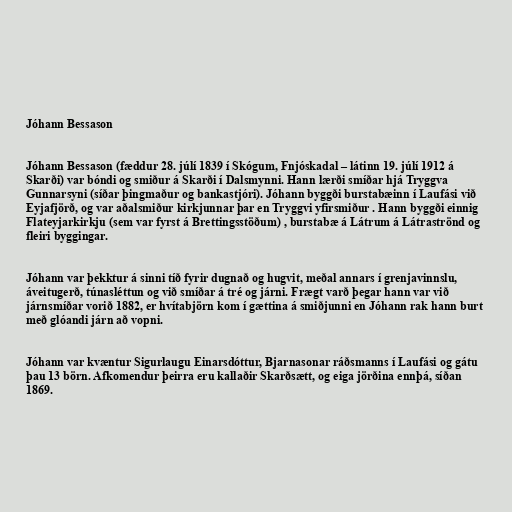
Jóhann Bessason

Jóhann Bessason (fæddur 28. júlí 1839 í Skógum, Fnjóskadal – látinn 19. júlí 1912 á
Skarði) var bóndi og smiður á Skarði í Dalsmynni. Hann lærði smíðar hjá Tryggva
Gunnarsyni (síðar þingmaður og bankastjóri). Jóhann byggði burstabæinn í Laufási við
Eyjafjörð, og var aðalsmiður kirkjunnar þar en Tryggvi yfirsmiður . Hann byggði einnig
Flateyjarkirkju (sem var fyrst á Brettingsstöðum) , burstabæ á Látrum á Látraströnd og
fleiri byggingar.

Jóhann var þekktur á sinni tíð fyrir dugnað og hugvit, meðal annars í grenjavinnslu,
áveitugerð, túnasléttun og við smíðar á tré og járni. Frægt varð þegar hann var við
járnsmíðar vorið 1882, er hvítabjörn kom í gættina á smiðjunni en Jóhann rak hann burt
með glóandi járn að vopni.

Jóhann var kvæntur Sigurlaugu Einarsdóttur, Bjarnasonar ráðsmanns í Laufási og gátu
þau 13 börn. Afkomendur þeirra eru kallaðir Skarðsætt, og eiga jörðina ennþá, síðan
1869.